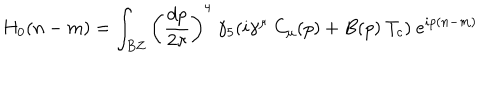
H _ { 0 } ( n - m ) = \int _ { B Z } \left( { \frac { d p } { 2 \pi } } \right) ^ { 4 } \ \gamma _ { 5 } ( i \gamma ^ { \mu } \ C _ { \mu } ( p ) + B ( p ) \ T _ { c } ) \ e ^ { i p ( n - m ) }